Medical and sanitary report of the native army of Madras for the year
Year: 1877
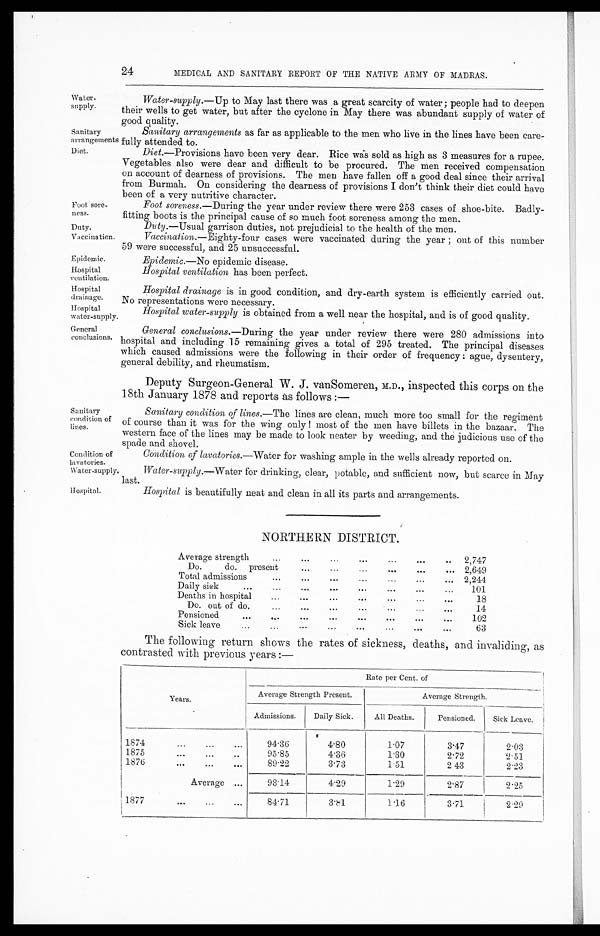
Water-
supply.
Sanitary
arrangements
Diet.
Foot sore-
ness.
Duty.
Vaccinati
on.
Epidemic.
Hospital
Ventilation. Hospital
drainage.
24
MEDICAL AND SANITARY REPORT OF THE NATIVE ARMY OF MADRAS.
Water-supply. —Up to May last there was a great scarcity of water; people had to deepen
their wells to get water, but after the cyclone in May there was abundant supply of water of
good quality.
Sanitary arrangements as far as applicable to the men who live in the lines have been care-
fully attended to.
Diet.—Provisions have been very dear. Rice was sold as high as 3 measures for a rupee.
Vegetables also were dear and difficult to be procured. The men received compensation
on account of dearness of provisions. The men have fallen off a good deal since their arrival
from Burmah. On considering the dearness of provisions I don't think their diet could have
been of a very nutritive character.
Foot soreness. —During the year under review there were 253 cases of shoe-bite. Badly-
fitting boots is the principal cause of so much foot soreness among the men.
Duty.—Usual garrison duties, not prejudicial to the health of the men.
Vaccination.—Eighty-four cases were vaccinated during the year; out of this number
59 were successful, and 25 unsuccessful.
Epidemic. —No epidemic disease.
Hospital ventilation has been perfect.
Hospital drainage is in good condition, and dry-earth system is efficiently carried out.
No representations were necessary.
Hospital
water-supply.
Hospital water-supply is obtained from a well near the hospital, and is of good quality.
General
conclusions
Sanitary
condition of
lines.
General conclusions. —During the year under review there were 280 admissions into
hospital and including 15 remaining gives a total of 295 treated. The principal diseases
which caused admissions were the following in their order of frequency: ague, dysentery,
general debility, and rheumatism.
Deputy Surgeon-General W. J. vanSomeren, M.D., inspected this corps on the
18th January 1878 and reports as follows :—
Sanitary condition of lines. —The lines are clean, much more too small for the regiment
of course than it was for the wing only! most of the men have billets in the bazaar. The
western face of the lines may be made to look neater by weeding, and the judicious use of the
spade and shovel.
Condition of
lavatories.
Water-supply.
Condition of lavatories. —Water for washing ample in the wells already reported on.
Water-supply. —Water for drinking, clear, potable, and sufficient now, but scarce in May
last.
Hospital.
Hospital is beautifully neat and clean in all its parts and arrangements.
NORTHERN DISTRICT.
Average strength
2,747
Do. do. present
2,649
Total admissions
...
2,244
...
...
Daily sick
101
Deaths in hospital
18
Do. out of do.
14
Pensioned
102
Sick leave
6 3
The following return shows the rates of sickness, deaths, and invaliding, as
contrasted with previous years:—
Rate per Cent. of
Years.
Average Strength Present.
Av e r a g e S t r e n g t h .
Admissions.
Daily Sick.
All Deaths.
Pensioned.
Sick Leave.
1874
94.36
4.80
1.07
3.47
2 . 0 3
1875
95.85
4 . 3 6
1.30
2 . 7 2
2 . 5 1
1876
89.22
3.73
1.51
2 43
2 . 2 3
Average
9 3 . 1 4
4.29
1 . 2 9
2 . 8 7
2 . 2 5
1877
84.71
3.81
1 . 1 6
3 . 7 1
2.29